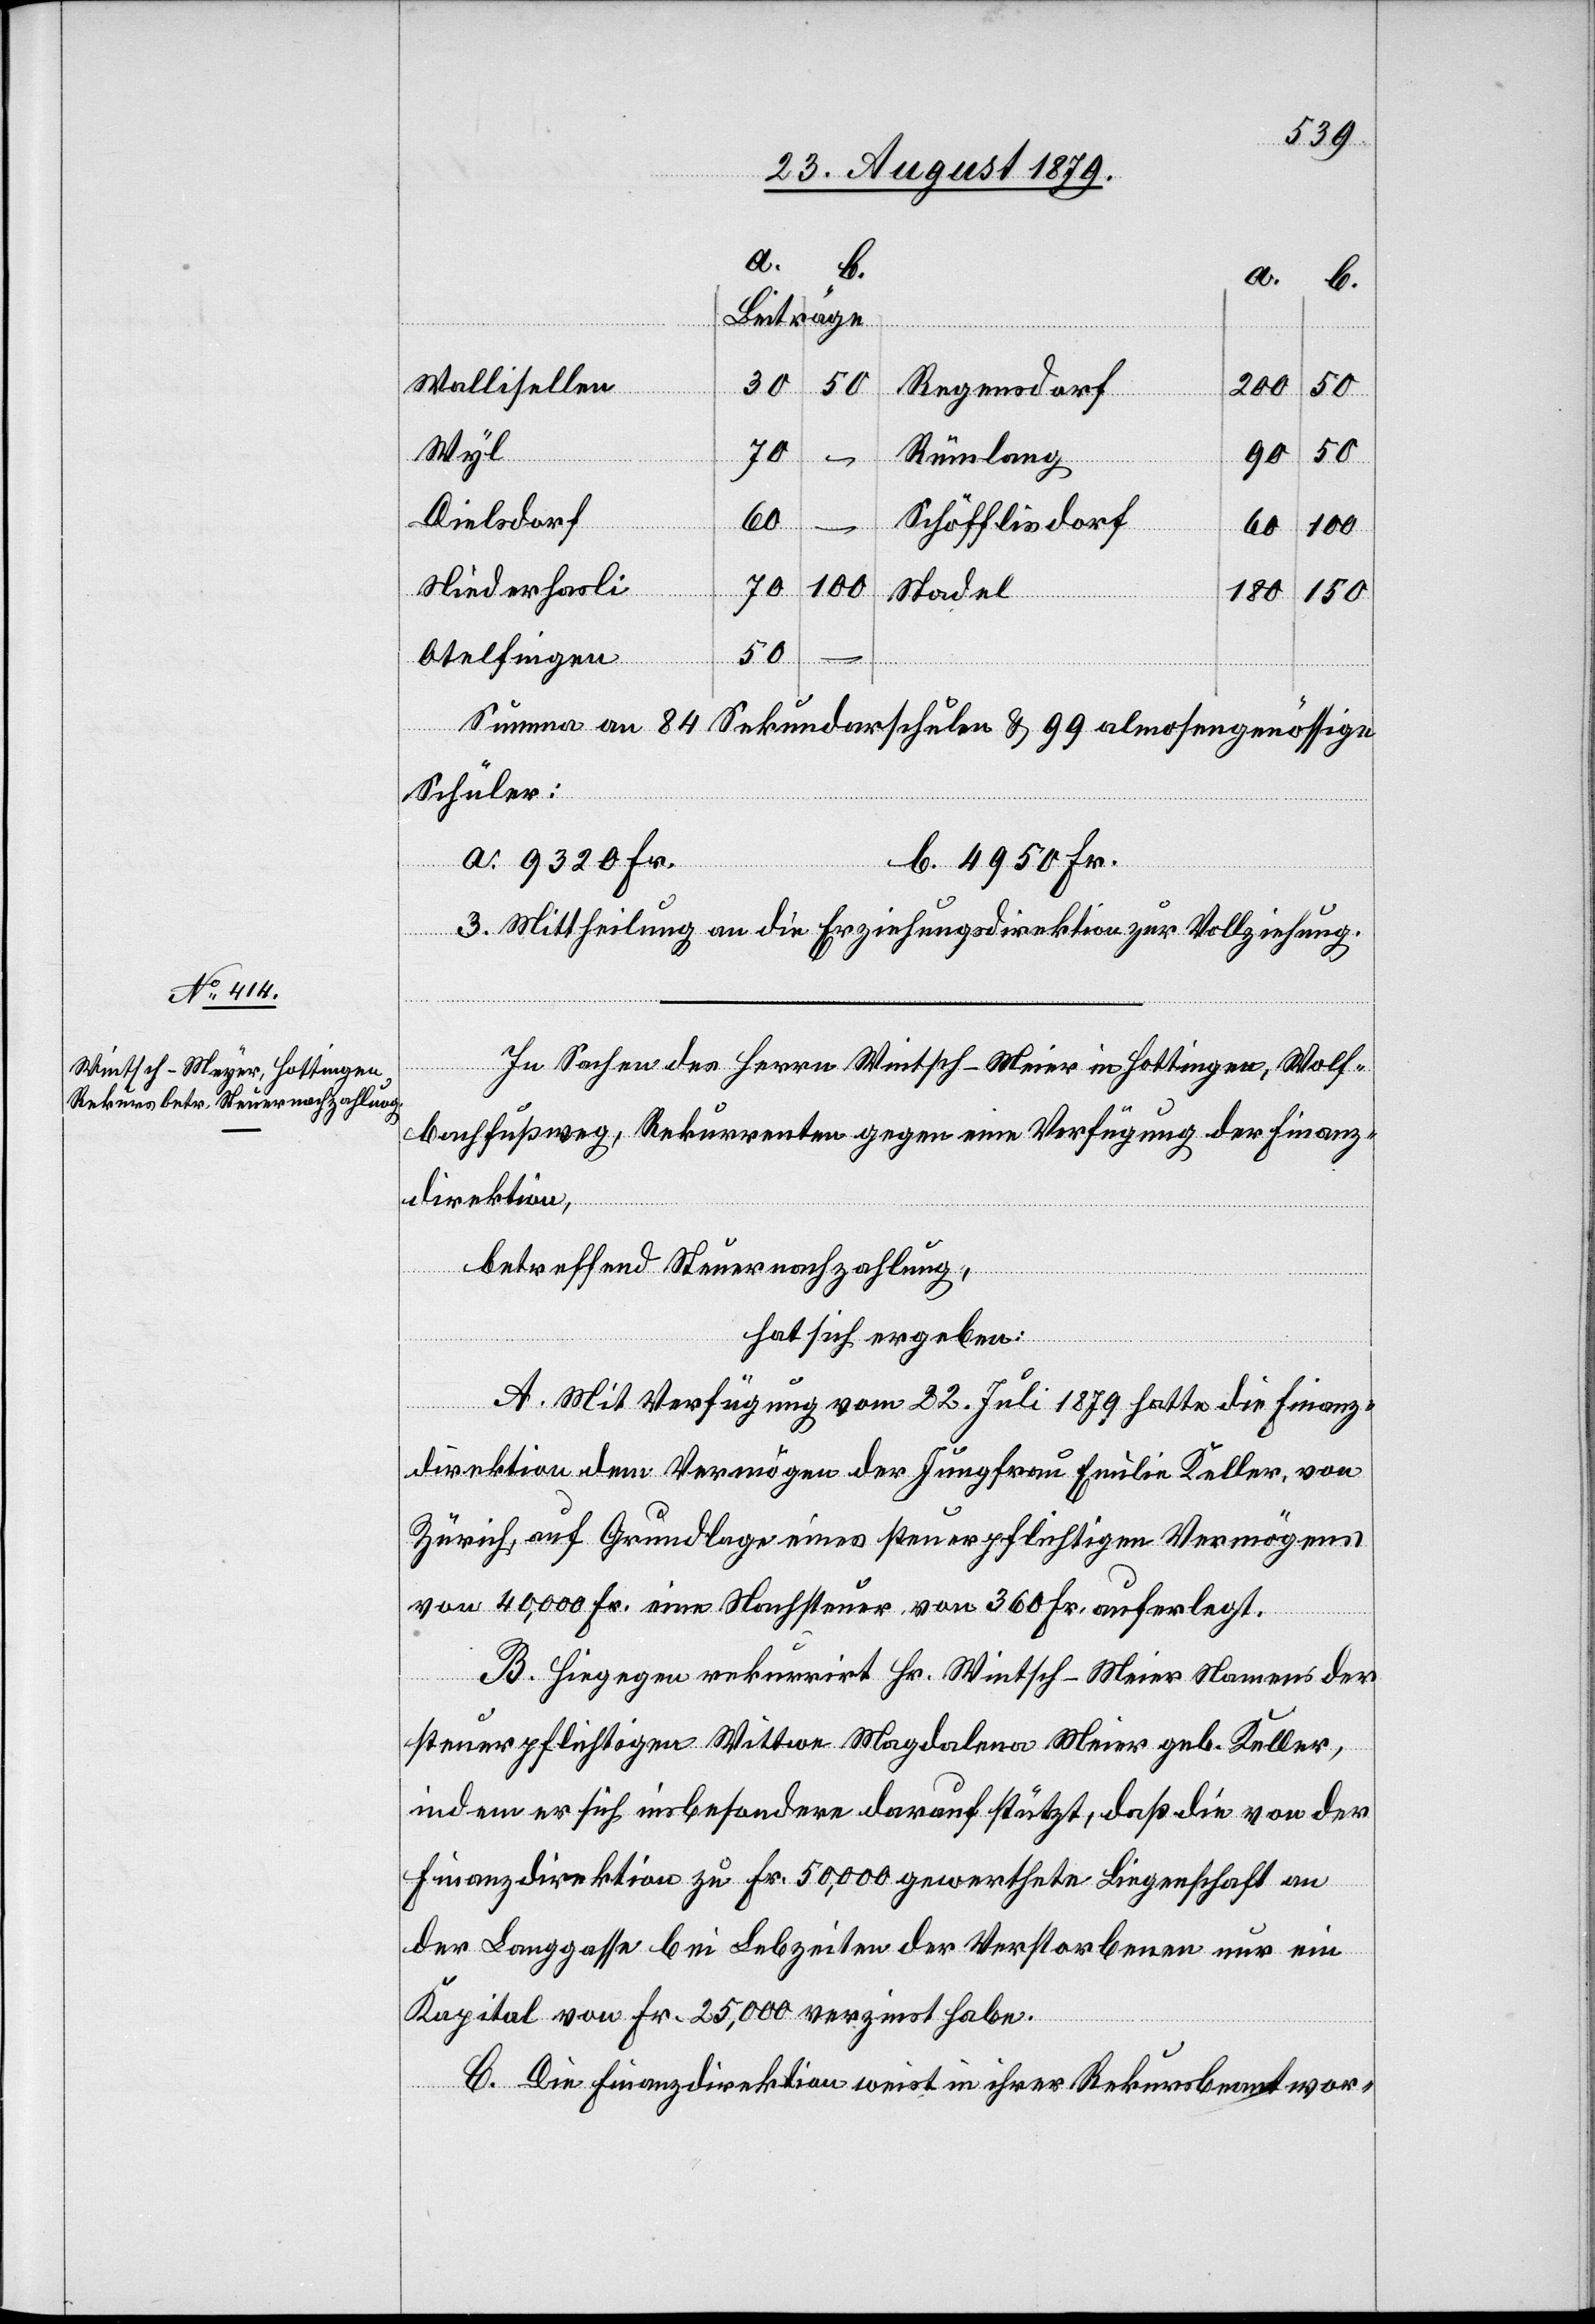
Wallisellen
30
50
Regensdorf
200
50
Wyl
70
–
Rümlang
90
Dielsdorf
60
Schöfflisdorf
–
100
60
Niederhasli
20
100
Stadel
180
150
Otelfingen
Summa an 84 Sekundarschulen & 99 almosengenössische
Schüler:
a. 9320 Fr.
b. 4950 Fr.
3. Mittheilung an die Erziehungsdirektion zur Vollziehung.
In Sachen des Herrn Wintsch-Meier [sic!] in Hottingen, Wolf¬
bachfußweg, Rekurrenten gegen eine Verfügung der Finanz¬
direktion,
betreffend Steuernachzahlung,
hat sich ergeben:
A. Mit Verfügung vom 22. Juli 1879 hatte die Finanz¬
direktion dem Vermögen der Jungfrau Emilie Keller, von
Zürich, auf Grundlage eines steuerpflichtigen Vermögens
von 40,000 Fr. eine Nachsteuer von 360 Fr. auferlegt.
B. Hiegegen rekurrirt Hr. Wintsch-Meier Namens der
steuerpflichtigen Wittwe Magdalena Meier geb. Keller,
indem er sich insbesondere darauf stützt, daß die von der
Finanzdirektion zu Fr. 50,000 gewerthete Liegenschaft an
der Langgasse bei Lebzeiten der Verstorbene nur ein
Kapital von Fr. 25,000 verzinst habe.
C. Die Finanzdirektion weist in ihrer Rekursbeantwor-